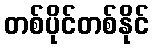
တစ်ပိုင်တစ်နိုင်